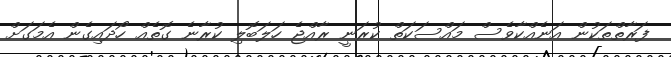
ފަރާތްތަކުން އަނެއްކާވެސް މައްސަކަތް ކުރަނީ ރާއްޖެ ހަލަބޮލި ކުރާނެ ގޮތެއް ހޯދައިގެން އެމަގަށް